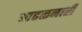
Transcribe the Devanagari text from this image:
आढळनारी